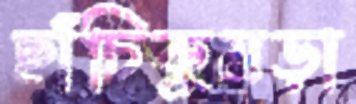
ছাঁচিকুমড়া